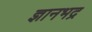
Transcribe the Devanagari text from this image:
ज्ञानभद्र